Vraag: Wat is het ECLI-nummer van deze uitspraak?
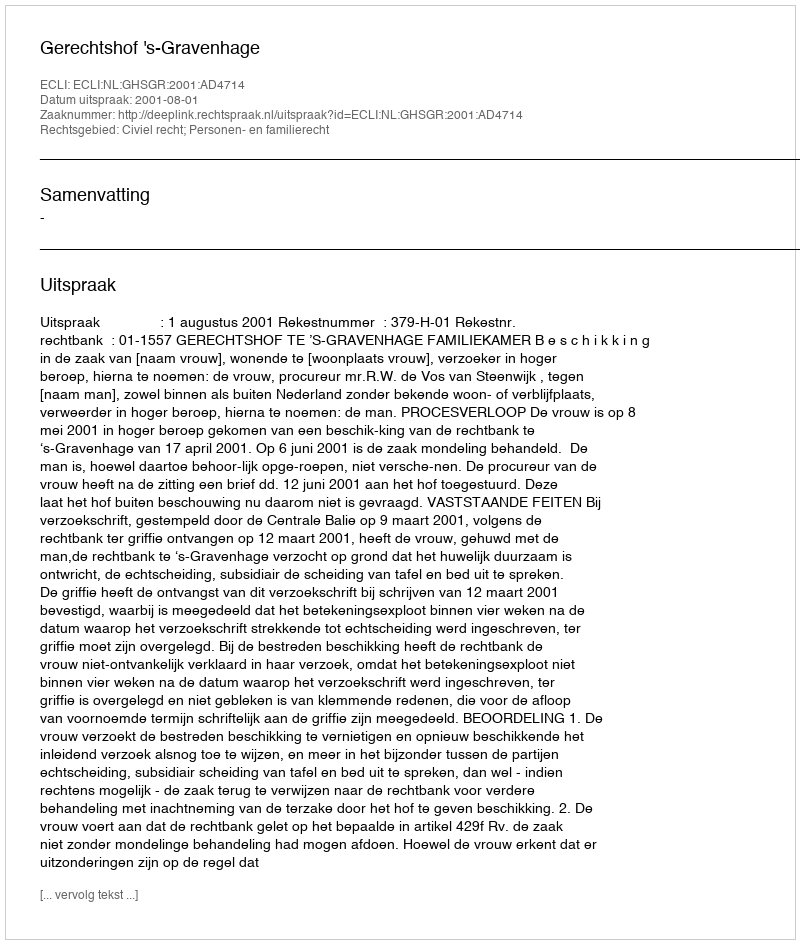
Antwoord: ECLI:NL:GHSGR:2001:AD4714